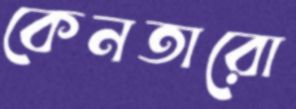
কেনতারো